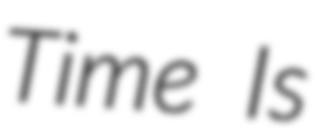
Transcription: Time Is